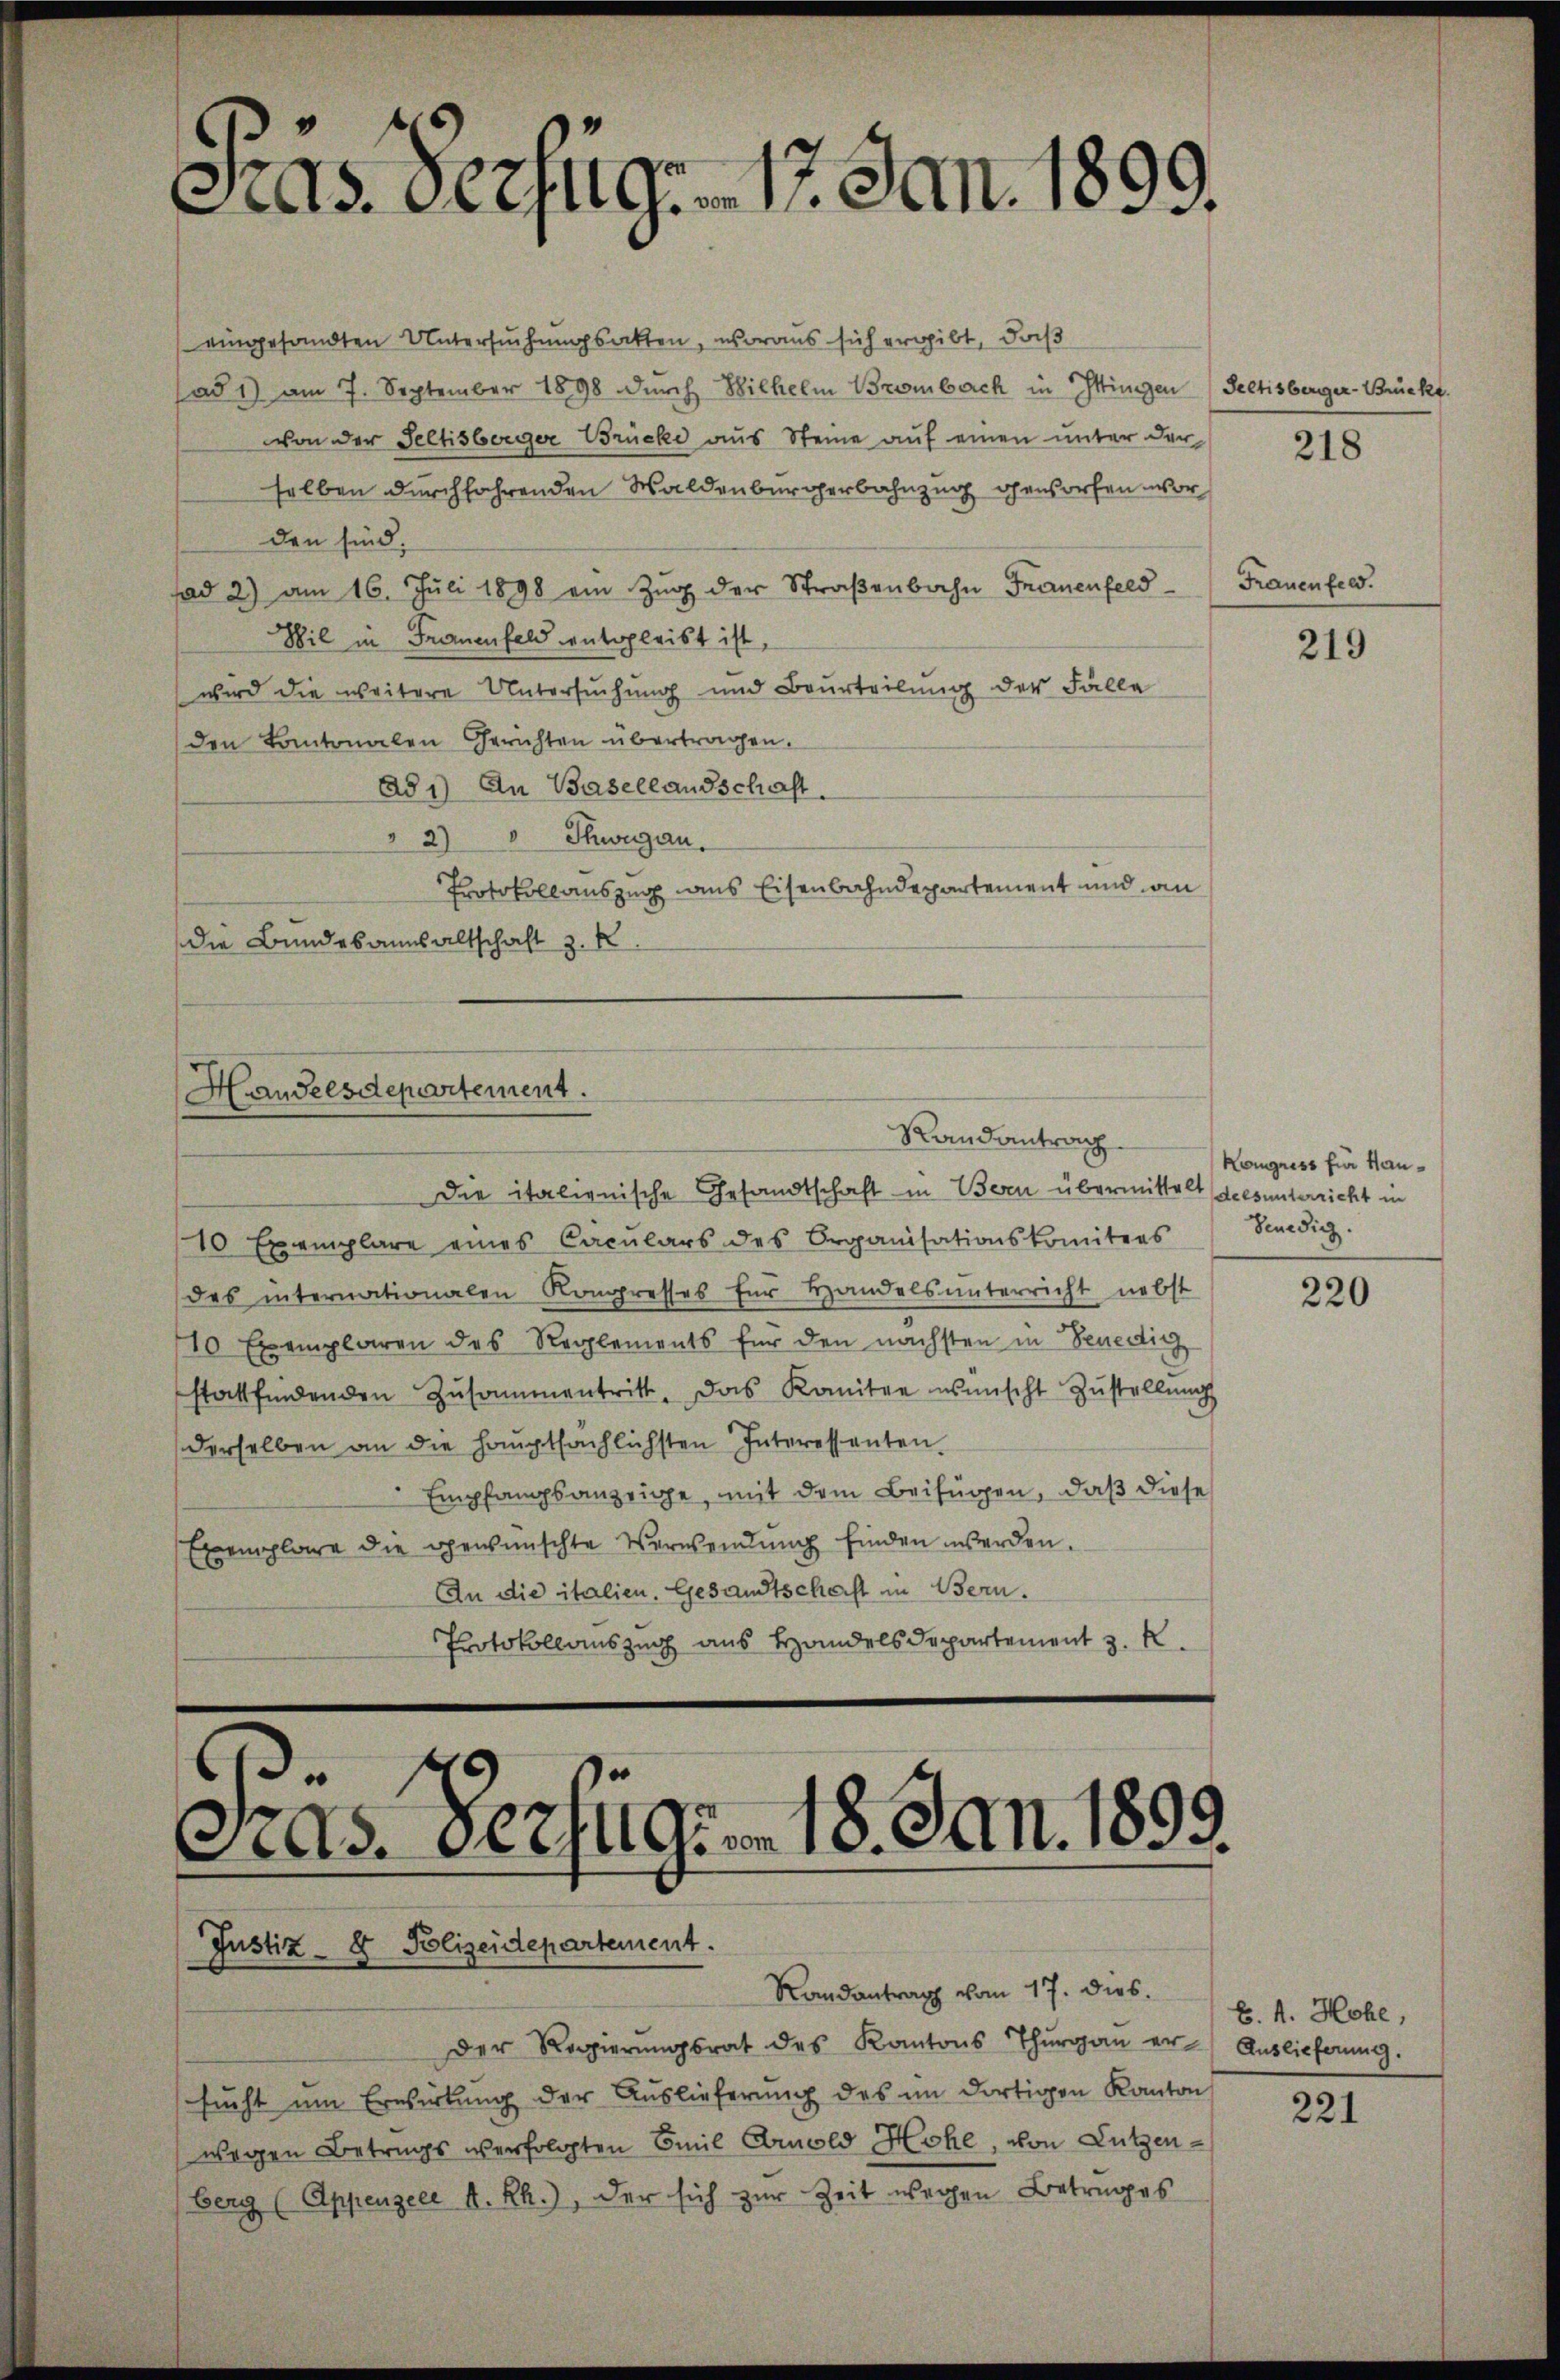
f
s. Verzug. 17. Jan. 1899.

eingesandten Untersuchungsakten, woraus sich ergibt, daß
ad 1) am 7. September 1898 durch Wilhelm Brombach in Ittingen Sectisberger-Brückt.
von der Seltisberger Brücke aus Steine aŭf einen unter der
selben durchfahrenden Waldenburgerbahnzug geworfen worden sind.
fad 2) am 16. Juli 1898 ein Zŭg der Straβenbahn Frauenfeld-
Wil in Frauenfeld entsleist ist
wird die weitere Untersuchung und Beurteilung der Fälle
den Kantonalen Gerichten übertragen.
Ad 1) An Basellandschaft.
2) Schwegau.
Protokollauszug aus Eisenbahndepartement und an
Die Bundesansaltschaft z. R.

Die italienische Gesandtschaft in Bern übermittelt dies unterricht in
10 Exemplare eines Cacŭlars des Organisationskomitees Sendig.
des internationalen Kongresses für Handels unterricht nebst
10 Exemplaren des Reglements für den nächsten in Benedig
stattfindenden Zusammentritt. Das Komitee wünscht Zustellung
derselben an die Hauptsächlichsten Interessanten
Empfangsanzeige, mit dem Beifügen, daß diese
Exemplare die gewünschte Verwendŭng finden werden.
An die italien. Gesandtschaft in Bern.
Protokollauszug aus Handelsdepartement z. R.

Handelsdepartement.
Randantrag

Justiz- & Polizeidepartement.
Randantrag vom 17. dies.

6

Pras. 1882/49m 18. Jan. 1899.

sucht um Erwirkung der Auslieferung des im dortigen Kanton

Der Regierŭngsrat des Kantons Thurgan er Auslieferung.

wegen Betrugs verfolgten Emil Arnold Hohe, von Lützenberg (Appenzell A.Rh.), der sich zur Zeit wegen Betrages

218

Frauenfeld.

219

Kongress für Hau¬

220

B. 4. Hohe,

221